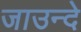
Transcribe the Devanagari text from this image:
जाउन्दे